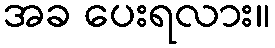
အခ ပေးရလား။